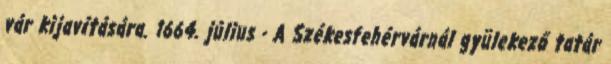
vár kijavítására. 1664. július - A Székesfehérvárnál gyülekező tatár